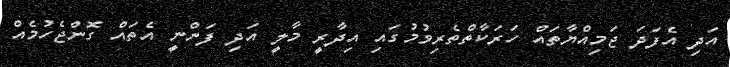
އަދި އެފަދަ ޖަމިއްޔާތައް ހަރަކާތްތެރިވުމުގައި އިދާރީ މާލީ އަދި ފަންނީ އެތައް ގޮންޖެހުމެއް